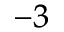
^ { - 3 }